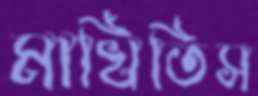
মাখিতিস